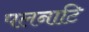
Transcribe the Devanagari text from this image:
पलनाटि